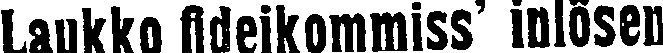
Laukko fideikommiss' inlösen